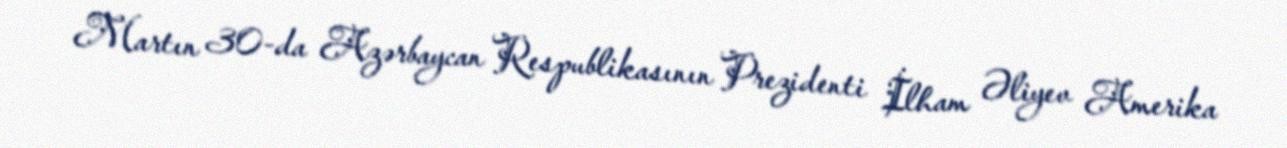
Martın 30-da Azərbaycan Respublikasının Prezidenti İlham Əliyev Amerika